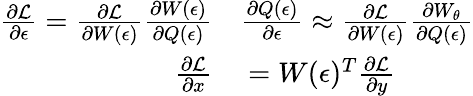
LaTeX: \begin{array}{rl}{\frac{\partial\mathcal{L}}{\partial\epsilon}=\frac{\partial\mathcal{L}}{\partial W(\epsilon)}\frac{\partial W(\epsilon)}{\partial Q(\epsilon)}}&{{}\frac{\partial Q(\epsilon)}{\partial\epsilon}\approx\frac{\partial\mathcal{L}}{\partial W(\epsilon)}\frac{\partial W_{\theta}}{\partial Q(\epsilon)}}\\ {\frac{\partial\mathcal{L}}{\partial x}}&{{}=W(\epsilon)^{T}\frac{\partial\mathcal{L}}{\partial y}}\end{array}